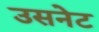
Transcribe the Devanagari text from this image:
उसनेट